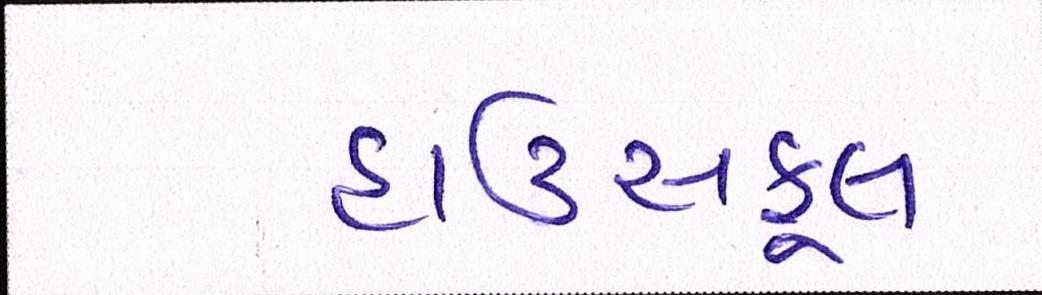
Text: હાઉસફૂલ